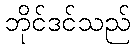
ဘိုင်ဒင်သည်